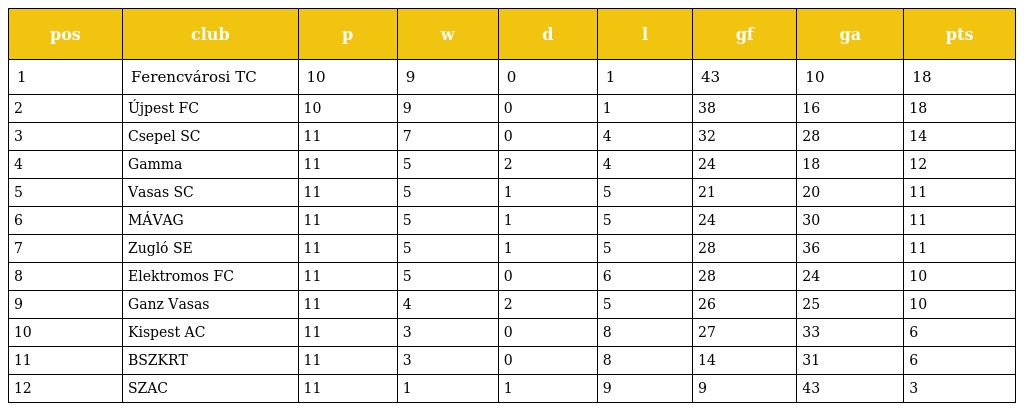
| pos | club | p | w | d | l | gf | ga | pts |
 | --- | --- | --- | --- | --- | --- | --- | --- | --- |
 | 1 | Ferencvárosi TC | 10 | 9 | 0 | 1 | 43 | 10 | 18 |
 | 2 | Újpest FC | 10 | 9 | 0 | 1 | 38 | 16 | 18 |
 | 3 | Csepel SC | 11 | 7 | 0 | 4 | 32 | 28 | 14 |
 | 4 | Gamma | 11 | 5 | 2 | 4 | 24 | 18 | 12 |
 | 5 | Vasas SC | 11 | 5 | 1 | 5 | 21 | 20 | 11 |
 | 6 | MÁVAG | 11 | 5 | 1 | 5 | 24 | 30 | 11 |
 | 7 | Zugló SE | 11 | 5 | 1 | 5 | 28 | 36 | 11 |
 | 8 | Elektromos FC | 11 | 5 | 0 | 6 | 28 | 24 | 10 |
 | 9 | Ganz Vasas | 11 | 4 | 2 | 5 | 26 | 25 | 10 |
 | 10 | Kispest AC | 11 | 3 | 0 | 8 | 27 | 33 | 6 |
 | 11 | BSZKRT | 11 | 3 | 0 | 8 | 14 | 31 | 6 |
 | 12 | SZAC | 11 | 1 | 1 | 9 | 9 | 43 | 3 |